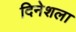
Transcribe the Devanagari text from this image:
दिनेशला